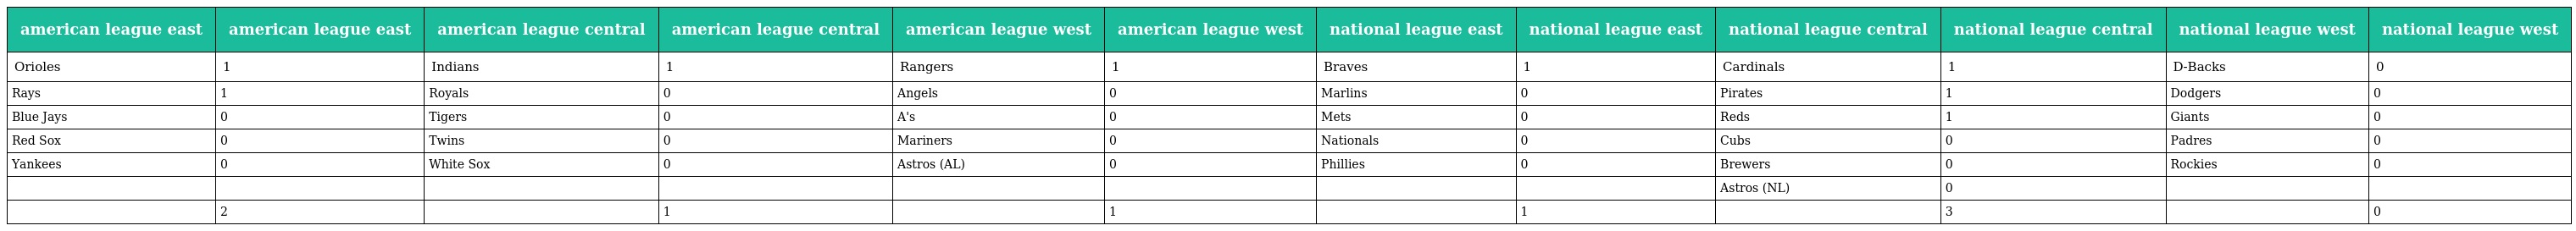
| american league east | american league east | american league central | american league central | american league west | american league west | national league east | national league east | national league central | national league central | national league west | national league west |
 | --- | --- | --- | --- | --- | --- | --- | --- | --- | --- | --- | --- |
 | Orioles | 1 | Indians | 1 | Rangers | 1 | Braves | 1 | Cardinals | 1 | D-Backs | 0 |
 | Rays | 1 | Royals | 0 | Angels | 0 | Marlins | 0 | Pirates | 1 | Dodgers | 0 |
 | Blue Jays | 0 | Tigers | 0 | A's | 0 | Mets | 0 | Reds | 1 | Giants | 0 |
 | Red Sox | 0 | Twins | 0 | Mariners | 0 | Nationals | 0 | Cubs | 0 | Padres | 0 |
 | Yankees | 0 | White Sox | 0 | Astros (AL) | 0 | Phillies | 0 | Brewers | 0 | Rockies | 0 |
 |  |  |  |  |  |  |  |  | Astros (NL) | 0 |  |  |
 |  | 2 |  | 1 |  | 1 |  | 1 |  | 3 |  | 0 |